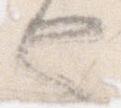
也